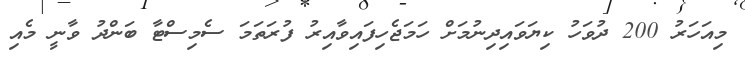
މިއަހަރު 200 ދުވަހު ކިޔަވައިދިނުމަށް ހަމަޖެހިފައިވާއިރު ފުރަތަމަ ސެމިސްޓާ ބަންދު ވާނީ މެއި